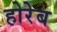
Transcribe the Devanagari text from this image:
होरेब